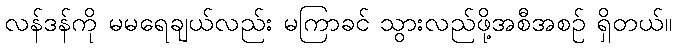
လန်ဒန်ကို မမရေချယ်လည်း မကြာခင် သွားလည်ဖို့အစီအစဉ် ရှိတယ်။